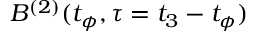
B ^ { ( 2 ) } ( t _ { \phi } , \tau = t _ { 3 } - t _ { \phi } )